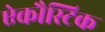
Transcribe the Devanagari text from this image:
ऐकौस्टिक